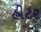
હીટર